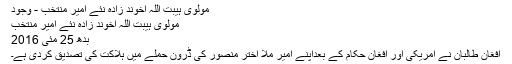
مولوی ہیبت اللہ اخوند زادہ نئے امیر منتخب - وجود
مولوی ہیبت اللہ اخوند زادہ نئے امیر منتخب
بدھ 25 مئی 2016
افغان طالبان نے امریکی اور افغان حکام کے بعداپنے امیر ملا اختر منصور کی ڈرون حملے میں ہلاکت کی تصدیق کردی ہے۔